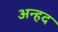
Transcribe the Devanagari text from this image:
अन्‍हद